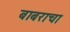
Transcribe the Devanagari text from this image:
बाबराचा